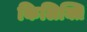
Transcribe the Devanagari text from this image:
किलिक्ति